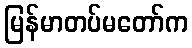
မြန်မာတပ်မတော်က